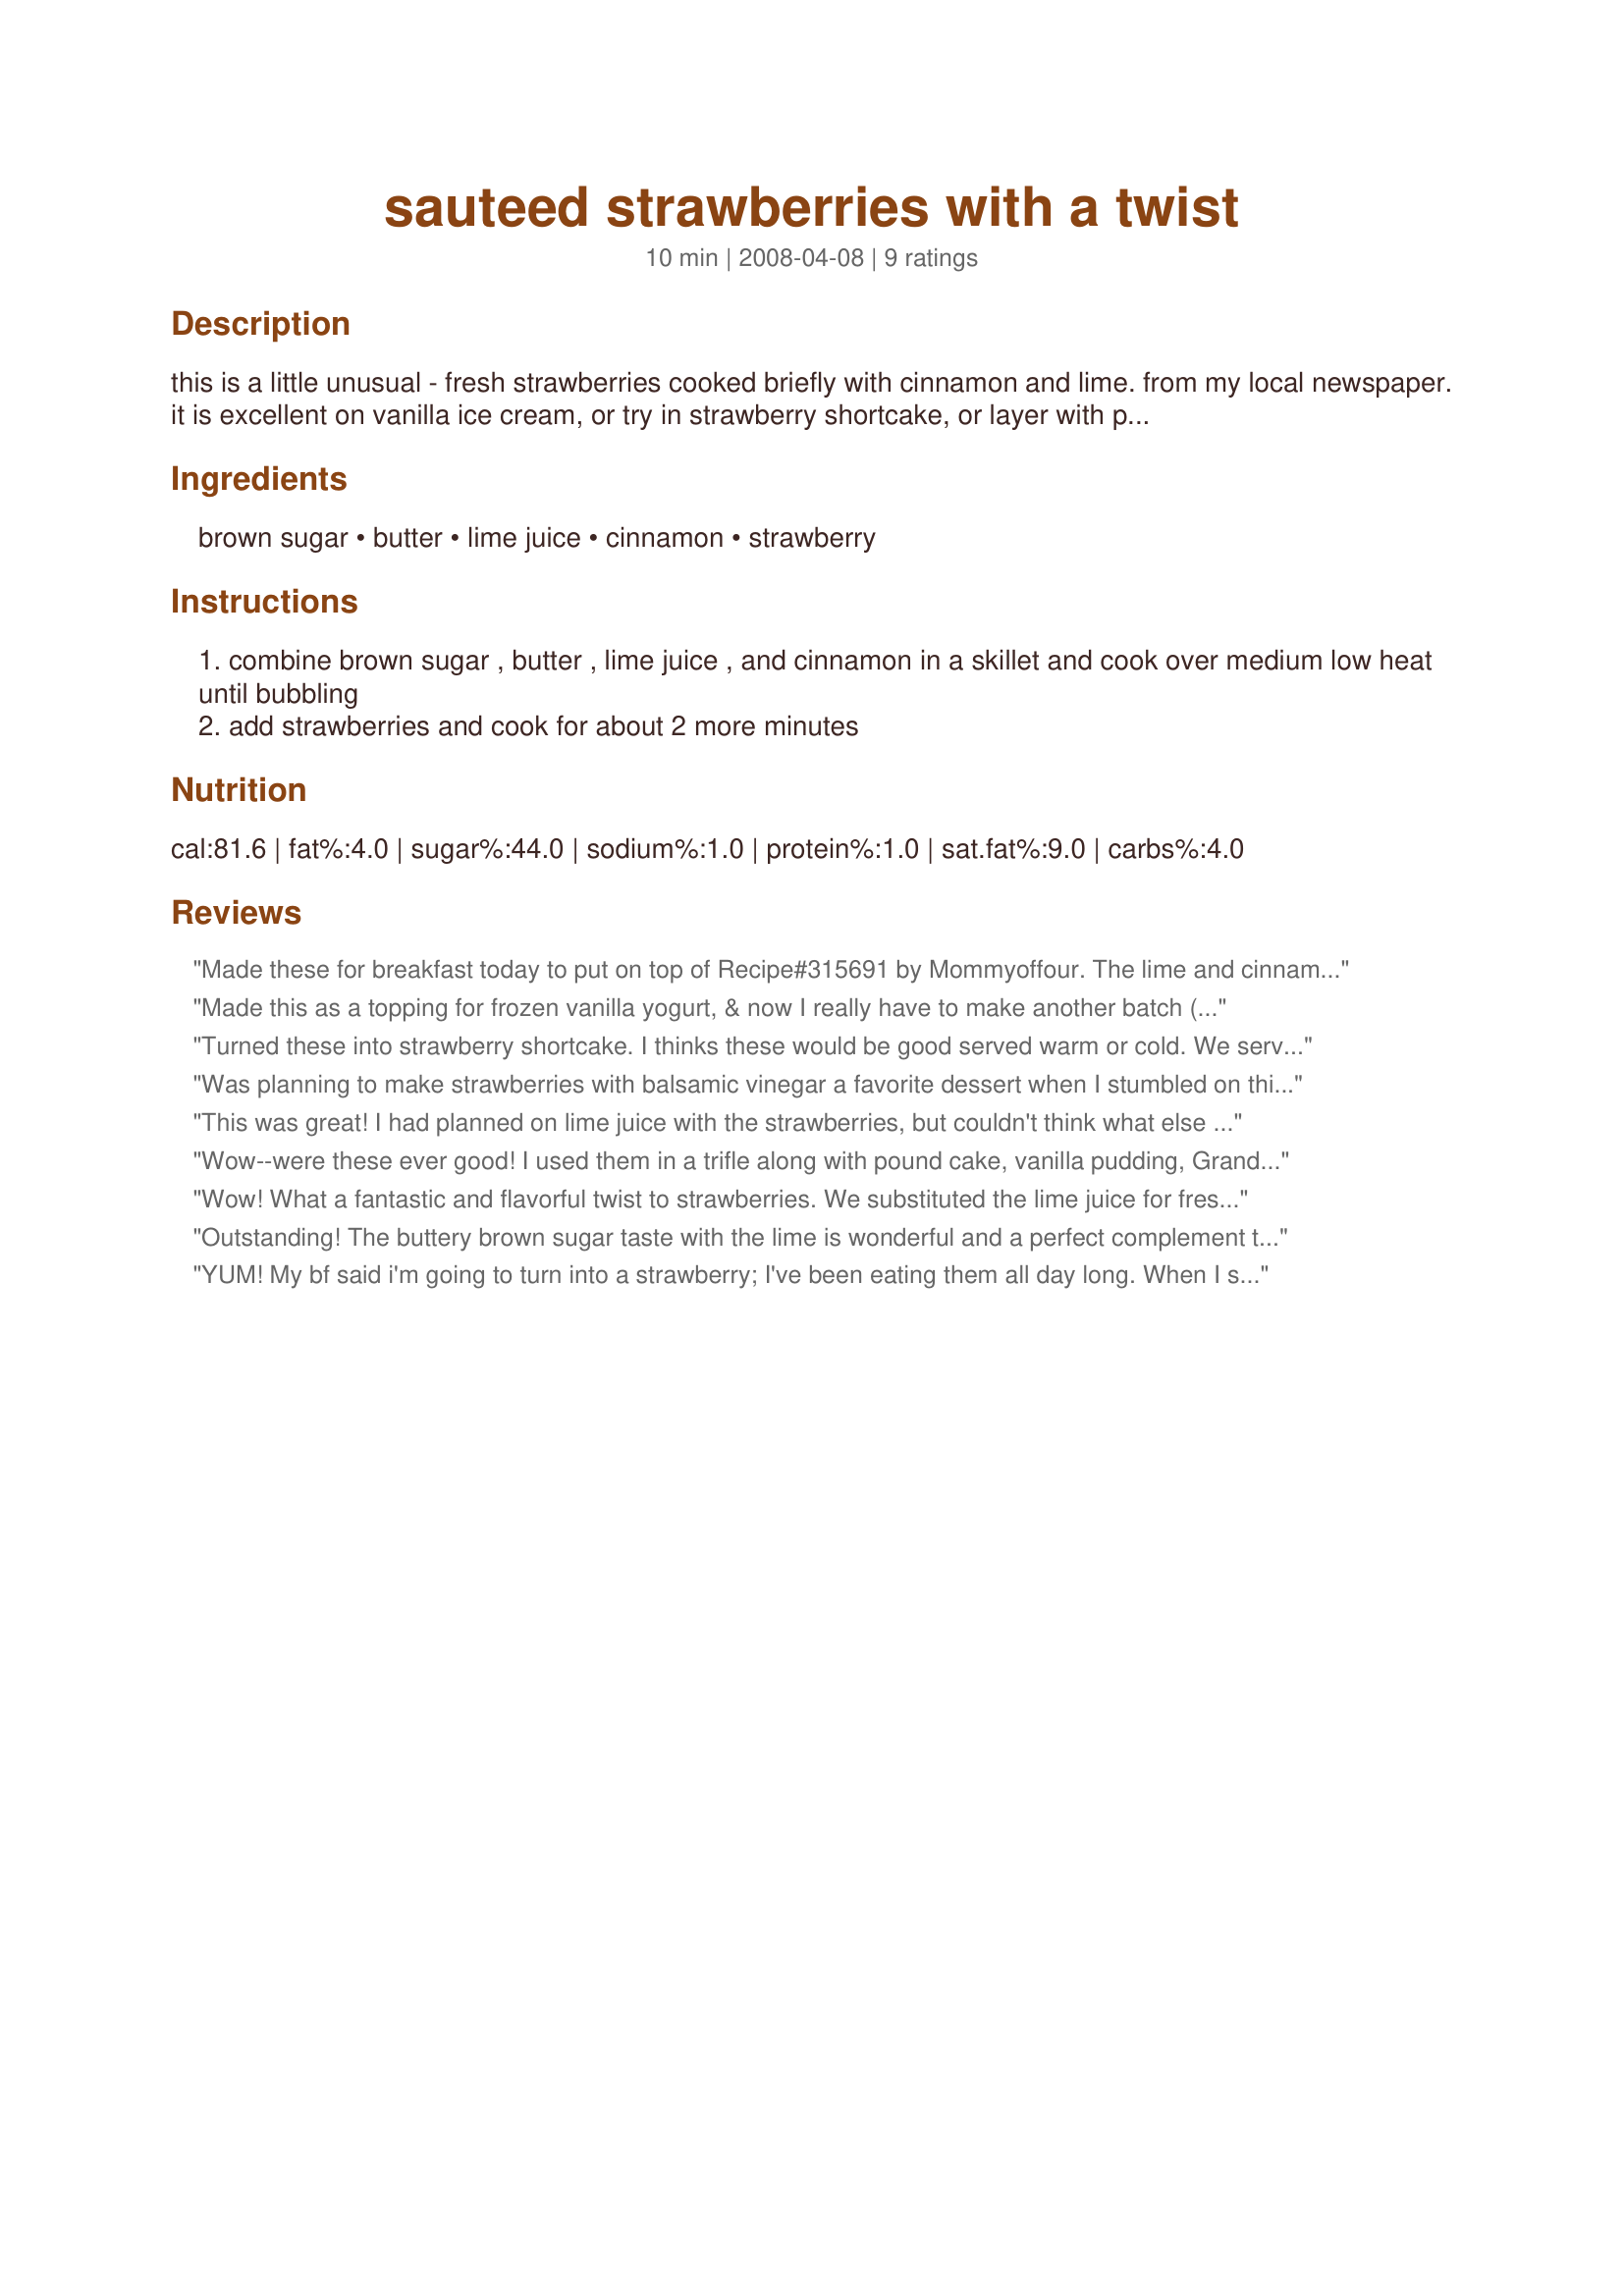
sauteed strawberries with a twist
Preparation time: 10 minutes

this is a little unusual - fresh strawberries cooked briefly with cinnamon and lime. from my local newspaper.
it is excellent on vanilla ice cream, or try in strawberry shortcake, or layer with pound cake and vanilla pudding for trifle desserts.

Ingredients:
brown sugar, butter, lime juice, cinnamon, strawberry

Steps:
combine brown sugar , butter , lime juice , and cinnamon in a skillet and cook over medium low heat until bubbling
add strawberries and cook for about 2 more minutes

Reviews:
Made these for breakfast today to put on top of Recipe#315691 by Mommyoffour. The lime and cinnamon are a really good combination. And soo easy too!
Made this as a topping for frozen vanilla yogurt, & now I really have to make another batch (or two or three!) to keep on hand for just about anything ~ Had it over some cottage cheese, too, & that was very enjoyable! Thanks for sharing a great recipe! [Tagged, made & reviewed in Please Review My Recipe tag]
Turned these into strawberry shortcake. I thinks these would be good served warm or cold. We served them warm this time, sprinkled with a little bit of powdered sugar. I will make this recipe again, as 3/4 of the family really loved it, and 1/4 ate it with minimal complaints. Thanks for sharing!
Was planning to make strawberries with balsamic vinegar a favorite dessert when I stumbled on this one in the Game Room. Quick easy, refreshing and light, this was a brilliant dessert. I made mine with light butter and brown sugar Splenda as that was all I had but it worked out just fine. Served with dabs of low-fat ricotta it was a guiltless treat. Thanks! Made for the I Recommend Tag Game.
This was great! I had planned on lime juice with the strawberries, but couldn't think what else to add. This recipe came to the rescue plus made for an awesome dessert. We put it over vanilla yogurt for a lower calorie dessert. Thanks for the easy and tasty recipe!
Wow--were these ever good! I used them in a trifle along with pound cake, vanilla pudding, Grand Marnier and whipped cream--great combo! Had a few berries left that were wonderful on vanilla ice cream!
Wow! What a fantastic and flavorful twist to strawberries. We substituted the lime juice for fresh lemon juice. We poured the sauce over Recipe #265872.
So simple to make, the brown sugar and cinnamon adds outstanding flavor to this sauce! Great recipe with tons of uses! Thanks for posting. :)
Outstanding! The buttery brown sugar taste with the lime is wonderful and a perfect complement to the strawberries. I served this warm on vanilla ice cream and it was terrific. I think it would be great on waffles or pancakes too and will be trying that soon! Thanks for posting this gem!
YUM! My bf said i'm going to turn into a strawberry; I've been eating them all day long. When I saw this, I just had to try it. Very quick, very yummy, and definitely versatile. I served this on top of a vanilla cake I'd make a couple days ago, and it really goes well with the cake. Thanks for sharing Recipe Reader! A definite keeper for me. :) Oops forgot to add that I used Smart Balance with Flaxseed Oil Spread for the butter, fresh lime juice, and dark brown sugar. Followed the rest of the recipe exactly, except reduced everything to 1 serving since I was making only a handful of strawberries. Made for Please Review My Recipe tag game.
